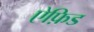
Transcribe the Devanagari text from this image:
ऐफ़िड